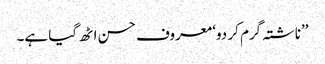
’’ناشتہ گرم کر دو‘ معروف حسن اٹھ گیا ہے۔